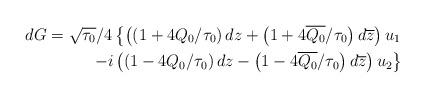
LaTeX: \begin{align*}dG=\sqrt{\tau_0}/4\left\{\left(\left(1+4Q_0/\tau_0\right)dz+\left(1+4\overline{Q_0}/\tau_0\right)d\overline{z}\right)u_1\right.\\\left.-i\left(\left(1-4Q_0/\tau_0\right)dz-\left(1-4\overline{Q_0}/\tau_0\right)d\overline{z}\right)u_2\right\}\end{align*}